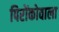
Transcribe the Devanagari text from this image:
पिरोंकोवाला